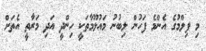
މި ފިލްމުގެ އެންމެ ފަހުން ލިބުނު މައުލޫމާތަކީ ހިންދީ އަދި މަރާތީ އެތަށް